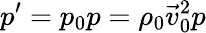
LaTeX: p^{\prime}=p_{0}p=\rho_{0}\vec{v}_{0}^{2}p